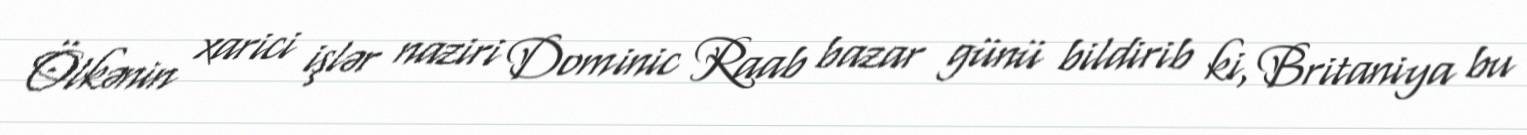
Ölkənin xarici işlər naziri Dominic Raab bazar günü bildirib ki, Britaniya bu